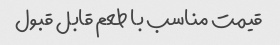
قیمت مناسب با طعم قابل قبول